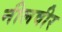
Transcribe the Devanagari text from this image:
नीलवीर